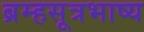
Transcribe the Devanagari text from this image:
ब्रम्हसूत्रभाष्य